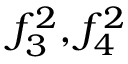
f _ { 3 } ^ { 2 } , f _ { 4 } ^ { 2 }